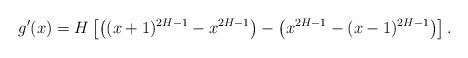
LaTeX: \begin{align*}g'(x)=H\left[\left((x+1)^{2H-1}-x^{2H-1}\right)-\left(x^{2H-1}-(x-1)^{2H-1}\right)\right].\end{align*}